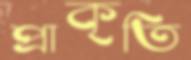
প্রাকৃতি